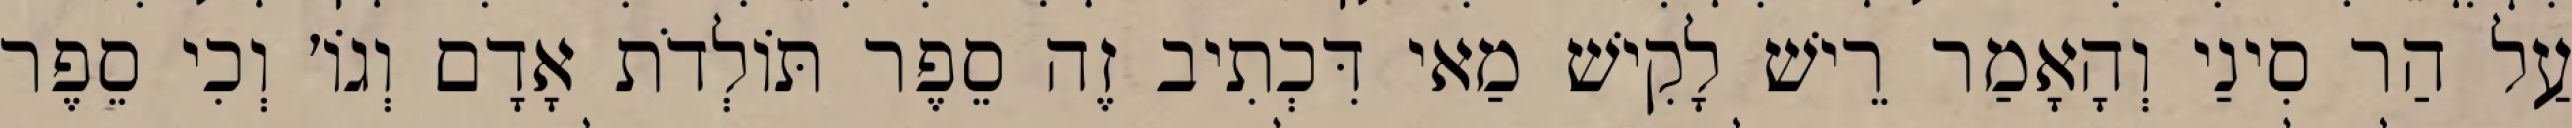
עַל הַר סִינַי וְהָאָמַר רֵישׁ לָקִישׁ מַאי דִּכְתִיב זֶה סֵפֶר תּוֹלְדֹת אָדָם וְגוֹ׳ וְכִי סֵפֶר